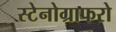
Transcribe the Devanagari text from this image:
स्टेनोग्राफरो